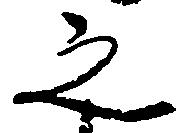
之